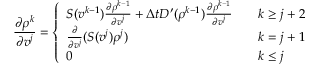
\frac { \partial \rho ^ { k } } { \partial v ^ { j } } = \left\{ \begin{array} { l l } { S ( v ^ { k - 1 } ) \frac { \partial \rho ^ { k - 1 } } { \partial v ^ { j } } + \Delta t D ^ { \prime } ( \rho ^ { k - 1 } ) \frac { \partial \rho ^ { k - 1 } } { \partial v ^ { j } } } & { \quad k \ge j + 2 } \\ { \frac { \partial } { \partial v ^ { j } } ( S ( v ^ { j } ) \rho ^ { j } ) } & { \quad k = j + 1 } \\ { 0 } & { \quad k \le j } \end{array} \right.